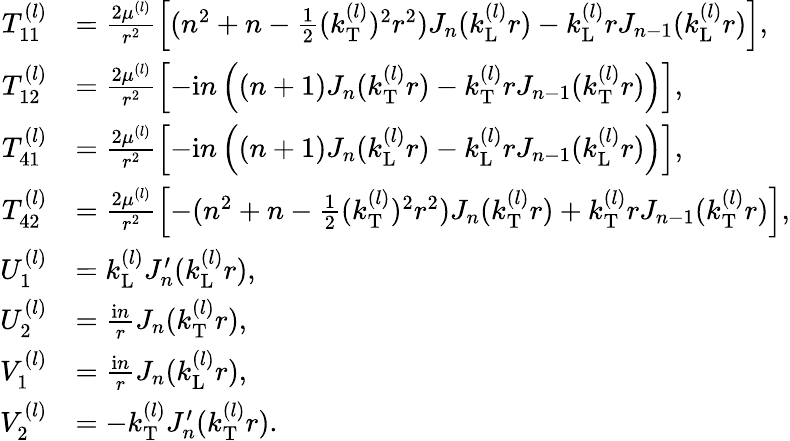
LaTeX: \begin{array}{rl}{T_{11}^{(l)}}&{=\frac{2\mu^{(l)}}{r^{2}}\left[(n^{2}+n-\frac{1}{2}(k_{\mathrm{T}}^{(l)})^{2}r^{2})J_{n}(k_{\mathrm{L}}^{(l)}r)-k_{\mathrm{L}}^{(l)}rJ_{n-1}(k_{\mathrm{L}}^{(l)}r)\right],}\\ {T_{12}^{(l)}}&{=\frac{2\mu^{(l)}}{r^{2}}\left[-\mathrm{i}n\left((n+1)J_{n}(k_{\mathrm{T}}^{(l)}r)-k_{\mathrm{T}}^{(l)}rJ_{n-1}(k_{\mathrm{T}}^{(l)}r)\right)\right],}\\ {T_{41}^{(l)}}&{=\frac{2\mu^{(l)}}{r^{2}}\left[-\mathrm{i}n\left((n+1)J_{n}(k_{\mathrm{L}}^{(l)}r)-k_{\mathrm{L}}^{(l)}rJ_{n-1}(k_{\mathrm{L}}^{(l)}r)\right)\right],}\\ {T_{42}^{(l)}}&{=\frac{2\mu^{(l)}}{r^{2}}\left[-(n^{2}+n-\frac{1}{2}(k_{\mathrm{T}}^{(l)})^{2}r^{2})J_{n}(k_{\mathrm{T}}^{(l)}r)+k_{\mathrm{T}}^{(l)}rJ_{n-1}(k_{\mathrm{T}}^{(l)}r)\right],}\\ {U_{1}^{(l)}}&{=k_{\mathrm{L}}^{(l)}J_{n}^{\prime}(k_{\mathrm{L}}^{(l)}r),}\\ {U_{2}^{(l)}}&{=\frac{\mathrm{i}n}{r}J_{n}(k_{\mathrm{T}}^{(l)}r),}\\ {V_{1}^{(l)}}&{=\frac{\mathrm{i}n}{r}J_{n}(k_{\mathrm{L}}^{(l)}r),}\\ {V_{2}^{(l)}}&{=-k_{\mathrm{T}}^{(l)}J_{n}^{\prime}(k_{\mathrm{T}}^{(l)}r).}\end{array}